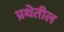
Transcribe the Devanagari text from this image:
प्रथेतील